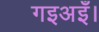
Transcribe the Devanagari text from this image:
गइअइँ।